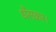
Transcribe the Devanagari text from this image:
धँसकर।